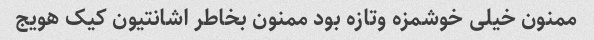
ممنون خیلی خوشمزه وتازه بود ممنون بخاطر اشانتیون کیک هویج